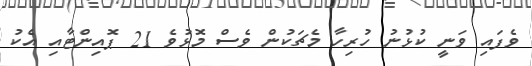
ވެފަައި ވަނީ ކުޅުނު ހުރިހާ މެޗަކުން ވެސް މޮޅުވެ 21 ޕޮއިންޓާއި އެކު